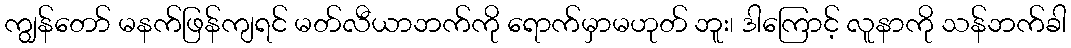
ကျွန်တော် မနက်ဖြန်ကျရင် မတ်လီယာဘက်ကို ရောက်မှာမဟုတ် ဘူး၊ ဒါကြောင့် လူနာကို သန်ဘက်ခါ